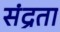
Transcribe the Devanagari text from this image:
संद्रता